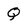
Character: Q